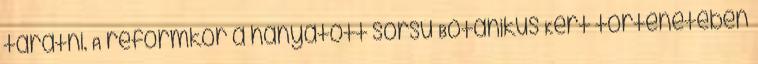
taratni. A reformkor a hányatott sorsú Botanikus Kert történetében